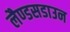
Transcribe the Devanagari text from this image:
लैण्डसडाउन